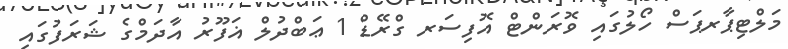
މަލްޓިޕާރޕަސް ހޯލުގައި ވޮރަންޓް އޮފިސަރ ގްރޭޑް 1 ޢަބްދުލް ޣަފޫރު އާދަމްގެ ޝަރަފުގައި